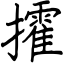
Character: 攉